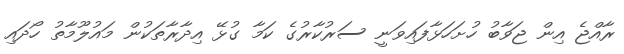
ރާއްޖެ އިން ޖަވާބު ހުށަހަޅާފައިވަނީ ސަރުކާރުގެ ކަމާ ގުޅޭ އިދާރާތަކުން މައުލޫމާތު ހޯދައި